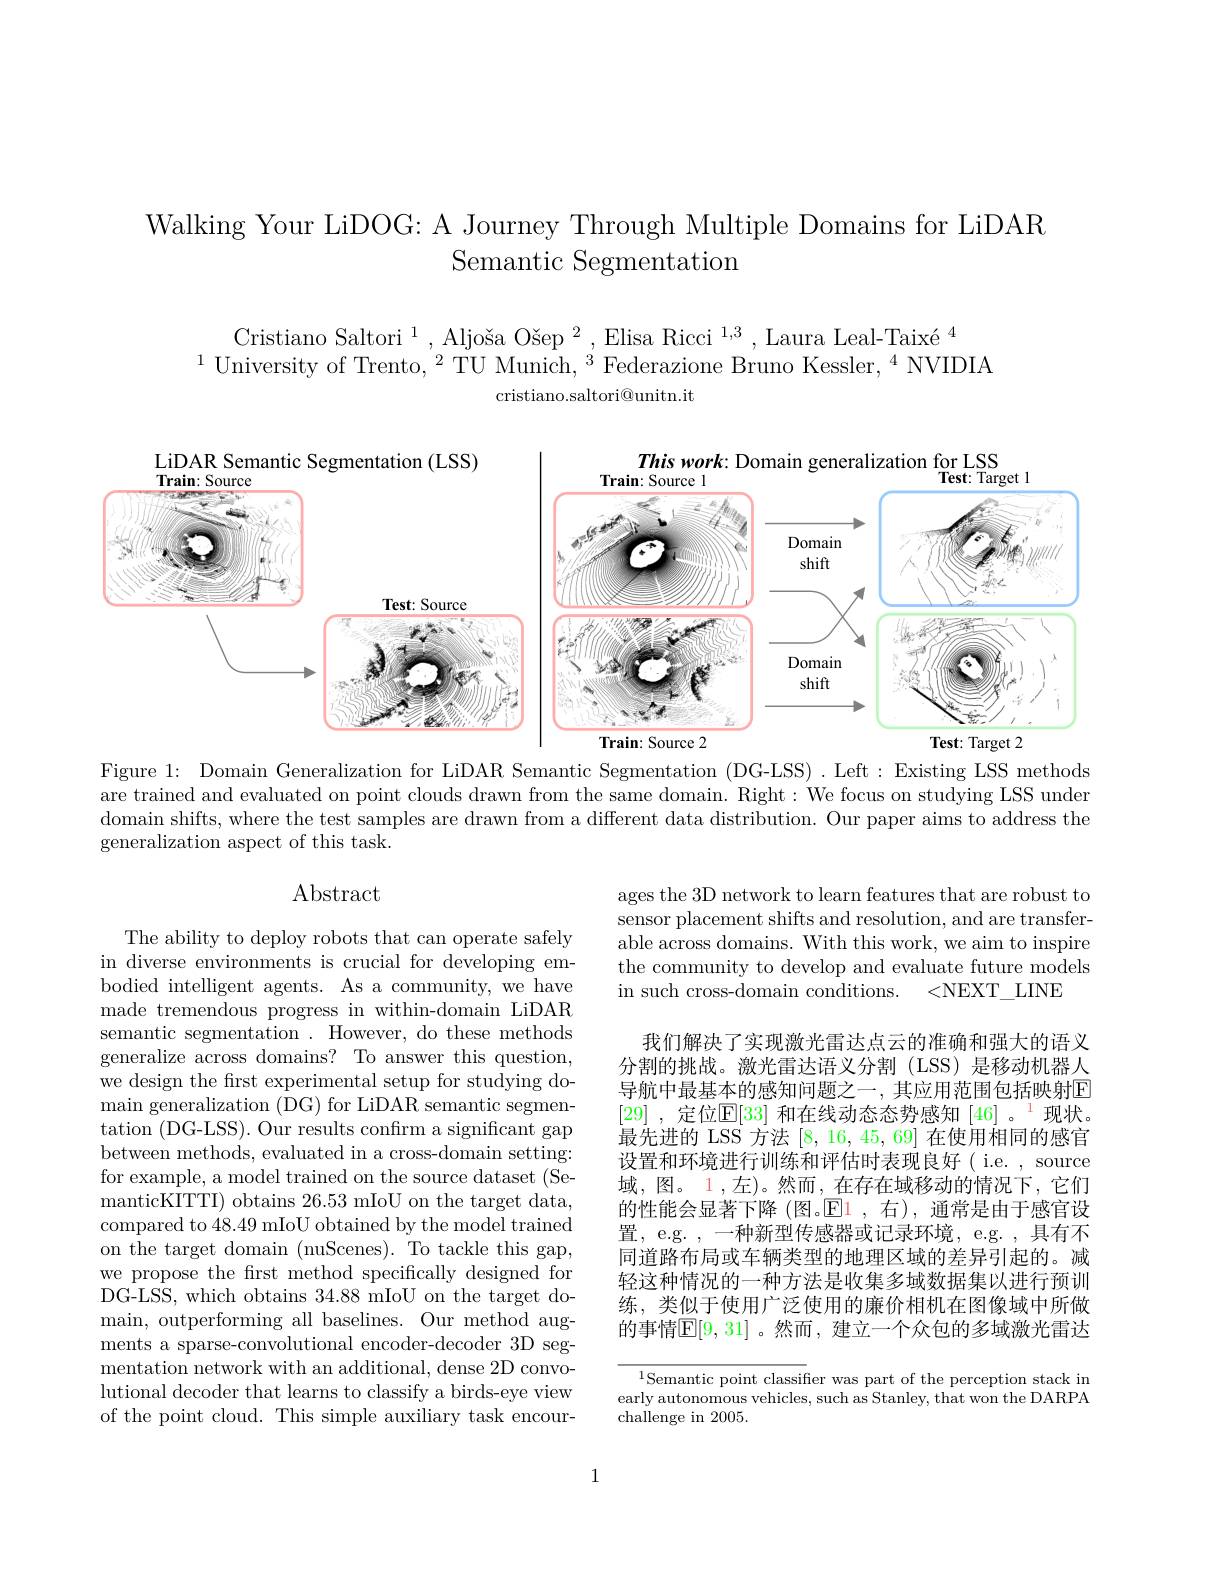
# Walking Your LiDOG: A Journey Through Multiple Domains for LiDAR Semantic Segmentation

Cristiano Saltori $^1,\text{Aljo\v{s}aO\v{s}ep}^2,\text{ElisaRicci}^{1,3},\text{LauraLeal-Taix\'{e}}^4$
$^{1}$University of Trento,$^2$TU Munich,$^3$Federazione Bruno Kessler,$^4$NVIDIA
cristiano.saltori@unitn.it

<FigureHere>

Figure 1: Domain Generalization for LiDAR Semantic Segmentation (DG-LSS) . Left: Existing LSS methods are trained and evaluated on point clouds drawn from the same domain. Right: We focus on studying LSS under domain shifts, where the test samples are drawn from a different data distribution. Our paper aims to address the generalization aspect of this task.

## Abstract

ages the 3D network to learn features that are robust to sensor placement shifts and resolution, and are transferable across domains. With this work, we aim to inspire the community to develop and evaluate future models in such cross-domain conditions.
<NEXT\_LINE

The ability to deploy robots that can operate safely in diverse environments is crucial for developing embodied intelligent agents. As a community, we have made tremendous progress in within-domain LiDAR semantic segmentation. However, do these methods generalize across domains? To answer this question, we design the frst experimental setup for studying domain generalization (DG) for LiDAR semantic segmentation (DG-LSS). Our results confırm a significant gap between methods, evaluated in a cross-domain setting: for example, a model trained on the source dataset (SemanticKITTI) obtains 26.53 mIoU on the target data, compared to 48.49 mIoU obtained by the model trained on the target domain (nuScenes). To tackle this gap, we propose the first method specifically designed for DG-LSS, which obtains 34.88 mIoU on the target domain, outperforming all baselines. Our method augments a sparse-convolutional encoder-decoder 3D segmentation network with an additional, dense 2D convolutional decoder that learns to classify a birds-eye view of the point cloud. This simple auxiliary task encour-

我们解决了实现激光雷达点云的准确和强大的语义分割的挑战。激光雷达语义分割(LSS)是移动机器人导航中最基本的感知问题之一，其应用范围包括映射$\overline{E}$ [29] ,定位$\mathbb{E}[33]$和在线动态态势感知[46] 。$^1$现状。最先进的 LSS 方法[8,16,45,69]在使用相同的感官设置和环境进行训练和评估时表现良好( i.e. , source 域，图。1,左)。然而，在存在域移动的情况下，它们的性能会显著下降 (图。$\operatorname{El}$,右),通常是由于感官设置，e.g. ,一种新型传感器或记录环境，e.g. ,具有不同道路布局或车辆类型的地理区域的差异引起的。减轻这种情况的一种方法是收集多域数据集以进行预训练，类似于使用广泛使用的廉价相机在图像域中所做的事情$\mathbb{E}[9,31]$。然而，建立一个众包的多域激光雷达

${^{1}\text{Semantic point classifier was part of the perception stack in}}$ early autonomous vehicles, such as Stanley, that won the DARPA challenge in 2005.

1